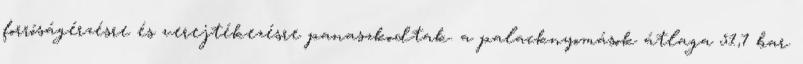
forróságérzésre és verejtékezésre panaszkodtak. a palacknyomások átlaga 51,7 bar.